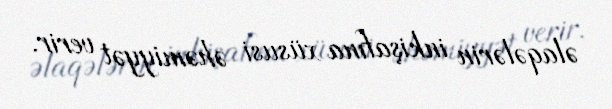
əlaqələrin inkişafına xüsusi əhəmiyyət verir.